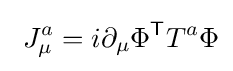
\ J_{\mu }^{a}=i\partial _{\mu }\Phi ^{\mathsf {T}}T^{a}\Phi